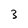
Character: 3